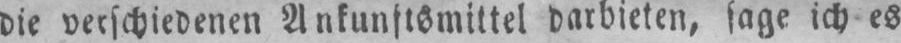
darbieten, sage ich es